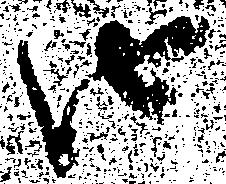
由